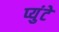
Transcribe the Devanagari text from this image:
प्युंटे